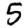
Digit: 5